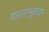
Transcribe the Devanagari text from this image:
काम्पानूलाटम